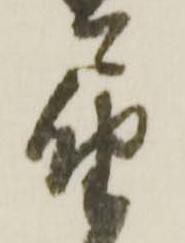
届